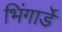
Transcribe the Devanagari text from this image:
भिंगार्डे